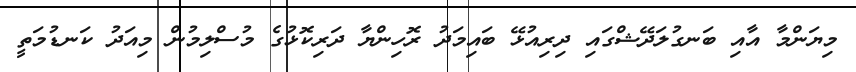
މިޔަންމާ އާއި ބަނގުލަދޭޝްގައި ދިރިއުޅޭ ބައިމަދު ރޮހިންޔާ ދަރިކޮޅުގެ މުސްލިމުން މިއަދު ކަނޑުމަތީ